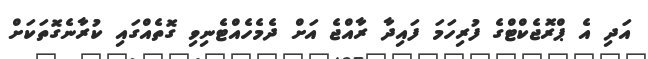
އަދި އެ ޕްރޮޖެކްޓްގެ ފުރިހަމަ ފައިދާ ރާއްޖެ އަށް ދެމެހެއްޓެނިވި ގޮތެއްގައި ކުރާނެގޮތަކަށް